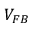
V _ { F B }